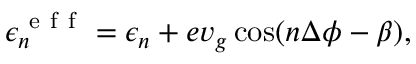
\epsilon _ { n } ^ { \mathrm { ~ e ~ f ~ f ~ } } = \epsilon _ { n } + e v _ { g } \cos ( n \Delta \phi - \beta ) ,